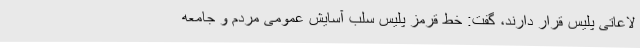
لاعاتی پلیس قرار دارند، گفت: خط قرمز پلیس سلب آسایش عمومی مردم و جامعه